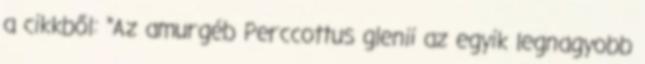
a cikkből: "Az amurgéb Perccottus glenii az egyik legnagyobb